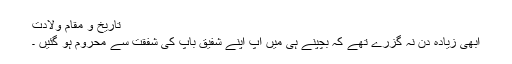
تاریخ و مقام ولادت
ابھی زیادہ دن نہ گزرے تھے کہ بچپنے ہی میں آپ اپنے شفیق باپ کی شفقت سے محروم ہو گئیں ۔